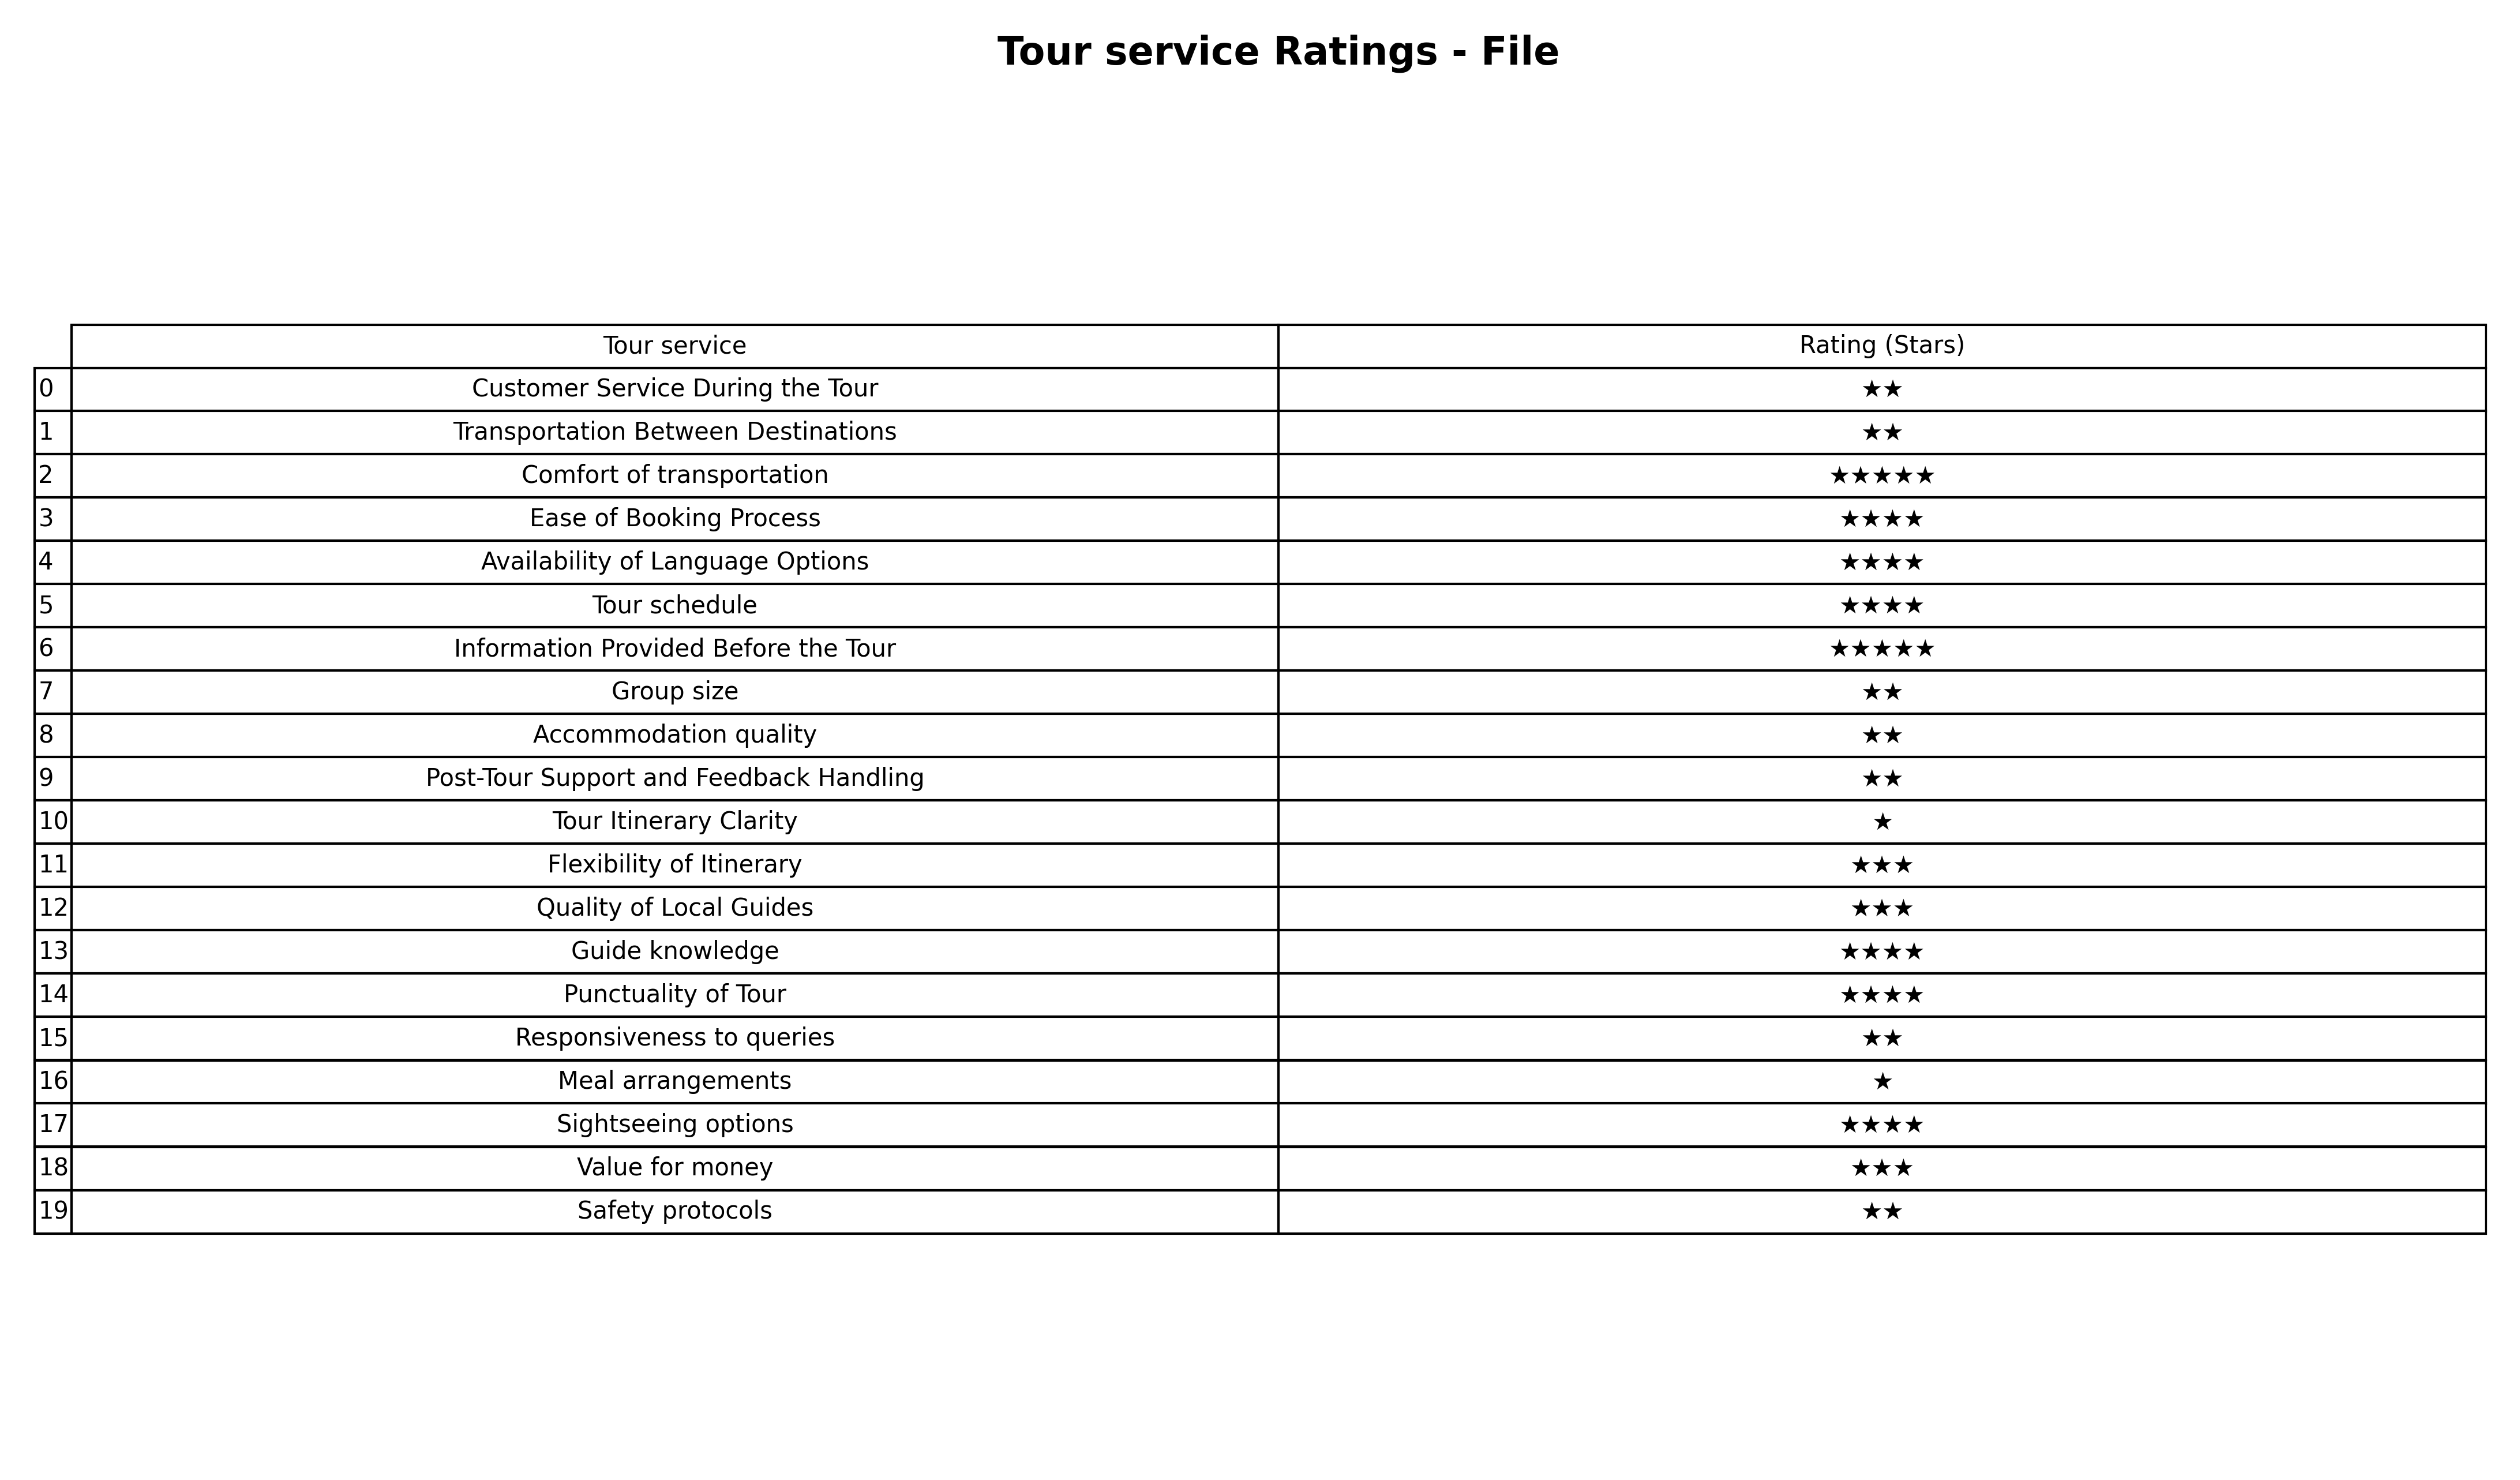
question: What are lowest rating services?
answer: Comfort of transportationInformation Provided Before the Tour